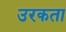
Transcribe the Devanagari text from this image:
उरकता